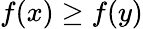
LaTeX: f\! \left(x\right)\geq f\! \left(y\right)